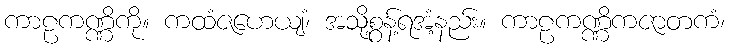
ကာဠကဏ္ဏိကို။ ကထံဇဟေယျံ၊ အသို့စွန့်ရအံ့နည်း။ ကာဠကဏ္ဏိကဇာတကံ၊